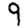
Digit: 9